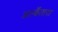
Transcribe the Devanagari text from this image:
अल्कँतारा